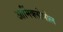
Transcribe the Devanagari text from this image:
आर्मिक्लोमोल